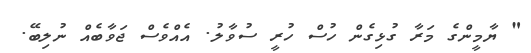
" ޔާމީންގެ މަރާ ގުޅިގެން ހުސް ހުރީ ސުވާލު. އެއްވެސް ޖަވާބެއް ނުލިބޭ.